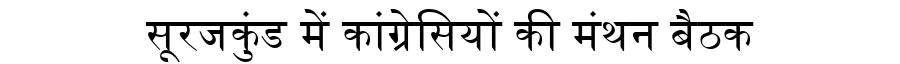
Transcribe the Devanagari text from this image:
सूरजकुंड में कांग्रेसियों की मंथन बैठक